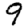
Digit: 9